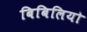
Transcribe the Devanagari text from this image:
बिबिलियो